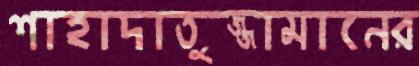
শাহাদাতুজ্জামানের